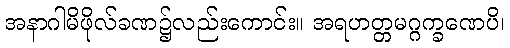
အနာဂါမိဖိုလ်ခဏ၌လည်းကောင်း။ အရဟတ္တမဂ္ဂက္ခဏေပိ၊